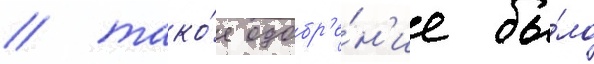
/ тако́е одобр'е́н'ие бы́ло